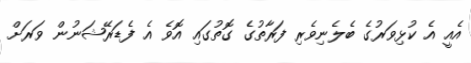
އެއީ އެ ކުޅިވަރުގެ ބެލެނިވެރި ފަރާތުގެ ގޮތުގައި އޮވެ އެ ފެޑަރޭޝަނުން ވަރަށް